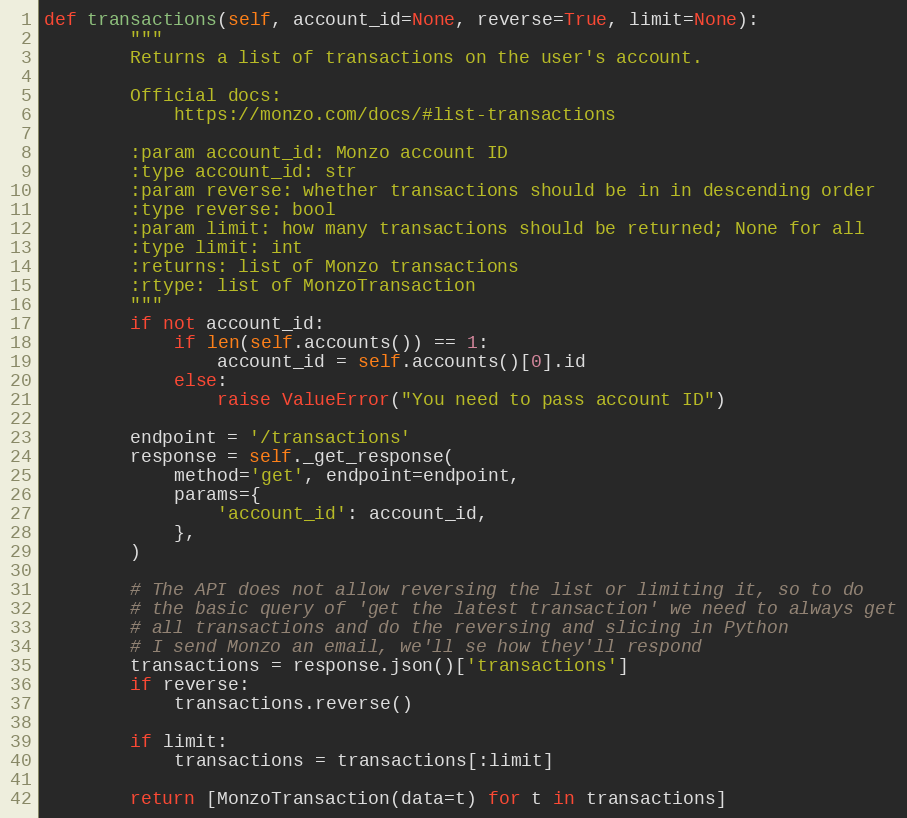
Language: Python
def transactions(self, account_id=None, reverse=True, limit=None):
        """
        Returns a list of transactions on the user's account.

        Official docs:
            https://monzo.com/docs/#list-transactions

        :param account_id: Monzo account ID
        :type account_id: str
        :param reverse: whether transactions should be in in descending order
        :type reverse: bool
        :param limit: how many transactions should be returned; None for all
        :type limit: int
        :returns: list of Monzo transactions
        :rtype: list of MonzoTransaction
        """
        if not account_id:
            if len(self.accounts()) == 1:
                account_id = self.accounts()[0].id
            else:
                raise ValueError("You need to pass account ID")

        endpoint = '/transactions'
        response = self._get_response(
            method='get', endpoint=endpoint,
            params={
                'account_id': account_id,
            },
        )

        # The API does not allow reversing the list or limiting it, so to do
        # the basic query of 'get the latest transaction' we need to always get
        # all transactions and do the reversing and slicing in Python
        # I send Monzo an email, we'll se how they'll respond
        transactions = response.json()['transactions']
        if reverse:
            transactions.reverse()

        if limit:
            transactions = transactions[:limit]

        return [MonzoTransaction(data=t) for t in transactions]